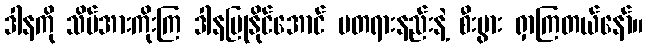
ဒါနကို သိပ်အားကိုးကြ ဒါနပြုနိုင်အောင် မတရားနည်းနဲ့ စီးပွား ရှာကြတယ်နော်။